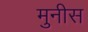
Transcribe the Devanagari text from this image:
मुनीस